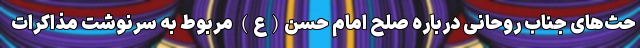
حث‌های جناب روحانی درباره صلح امام حسن(ع) مربوط به سرنوشت مذاکرات